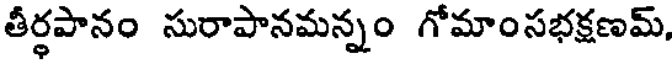
తీర్థపానం సురాపానమన్నం గోమాంసభక్షణమ్,